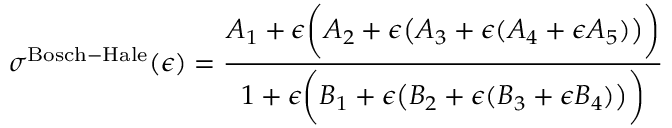
\sigma ^ { \mathrm { B o s c h - H a l e } } ( \epsilon ) = { \frac { A _ { 1 } + \epsilon { \bigg ( } A _ { 2 } + \epsilon { \big ( } A _ { 3 } + \epsilon ( A _ { 4 } + \epsilon A _ { 5 } ) { \big ) } { \bigg ) } } { 1 + \epsilon { \bigg ( } B _ { 1 } + \epsilon { \big ( } B _ { 2 } + \epsilon ( B _ { 3 } + \epsilon B _ { 4 } ) { \big ) } { \bigg ) } } }